65_HS1-834228961_62-HQ-83894_Section_7
Agency: FBI
Page 156
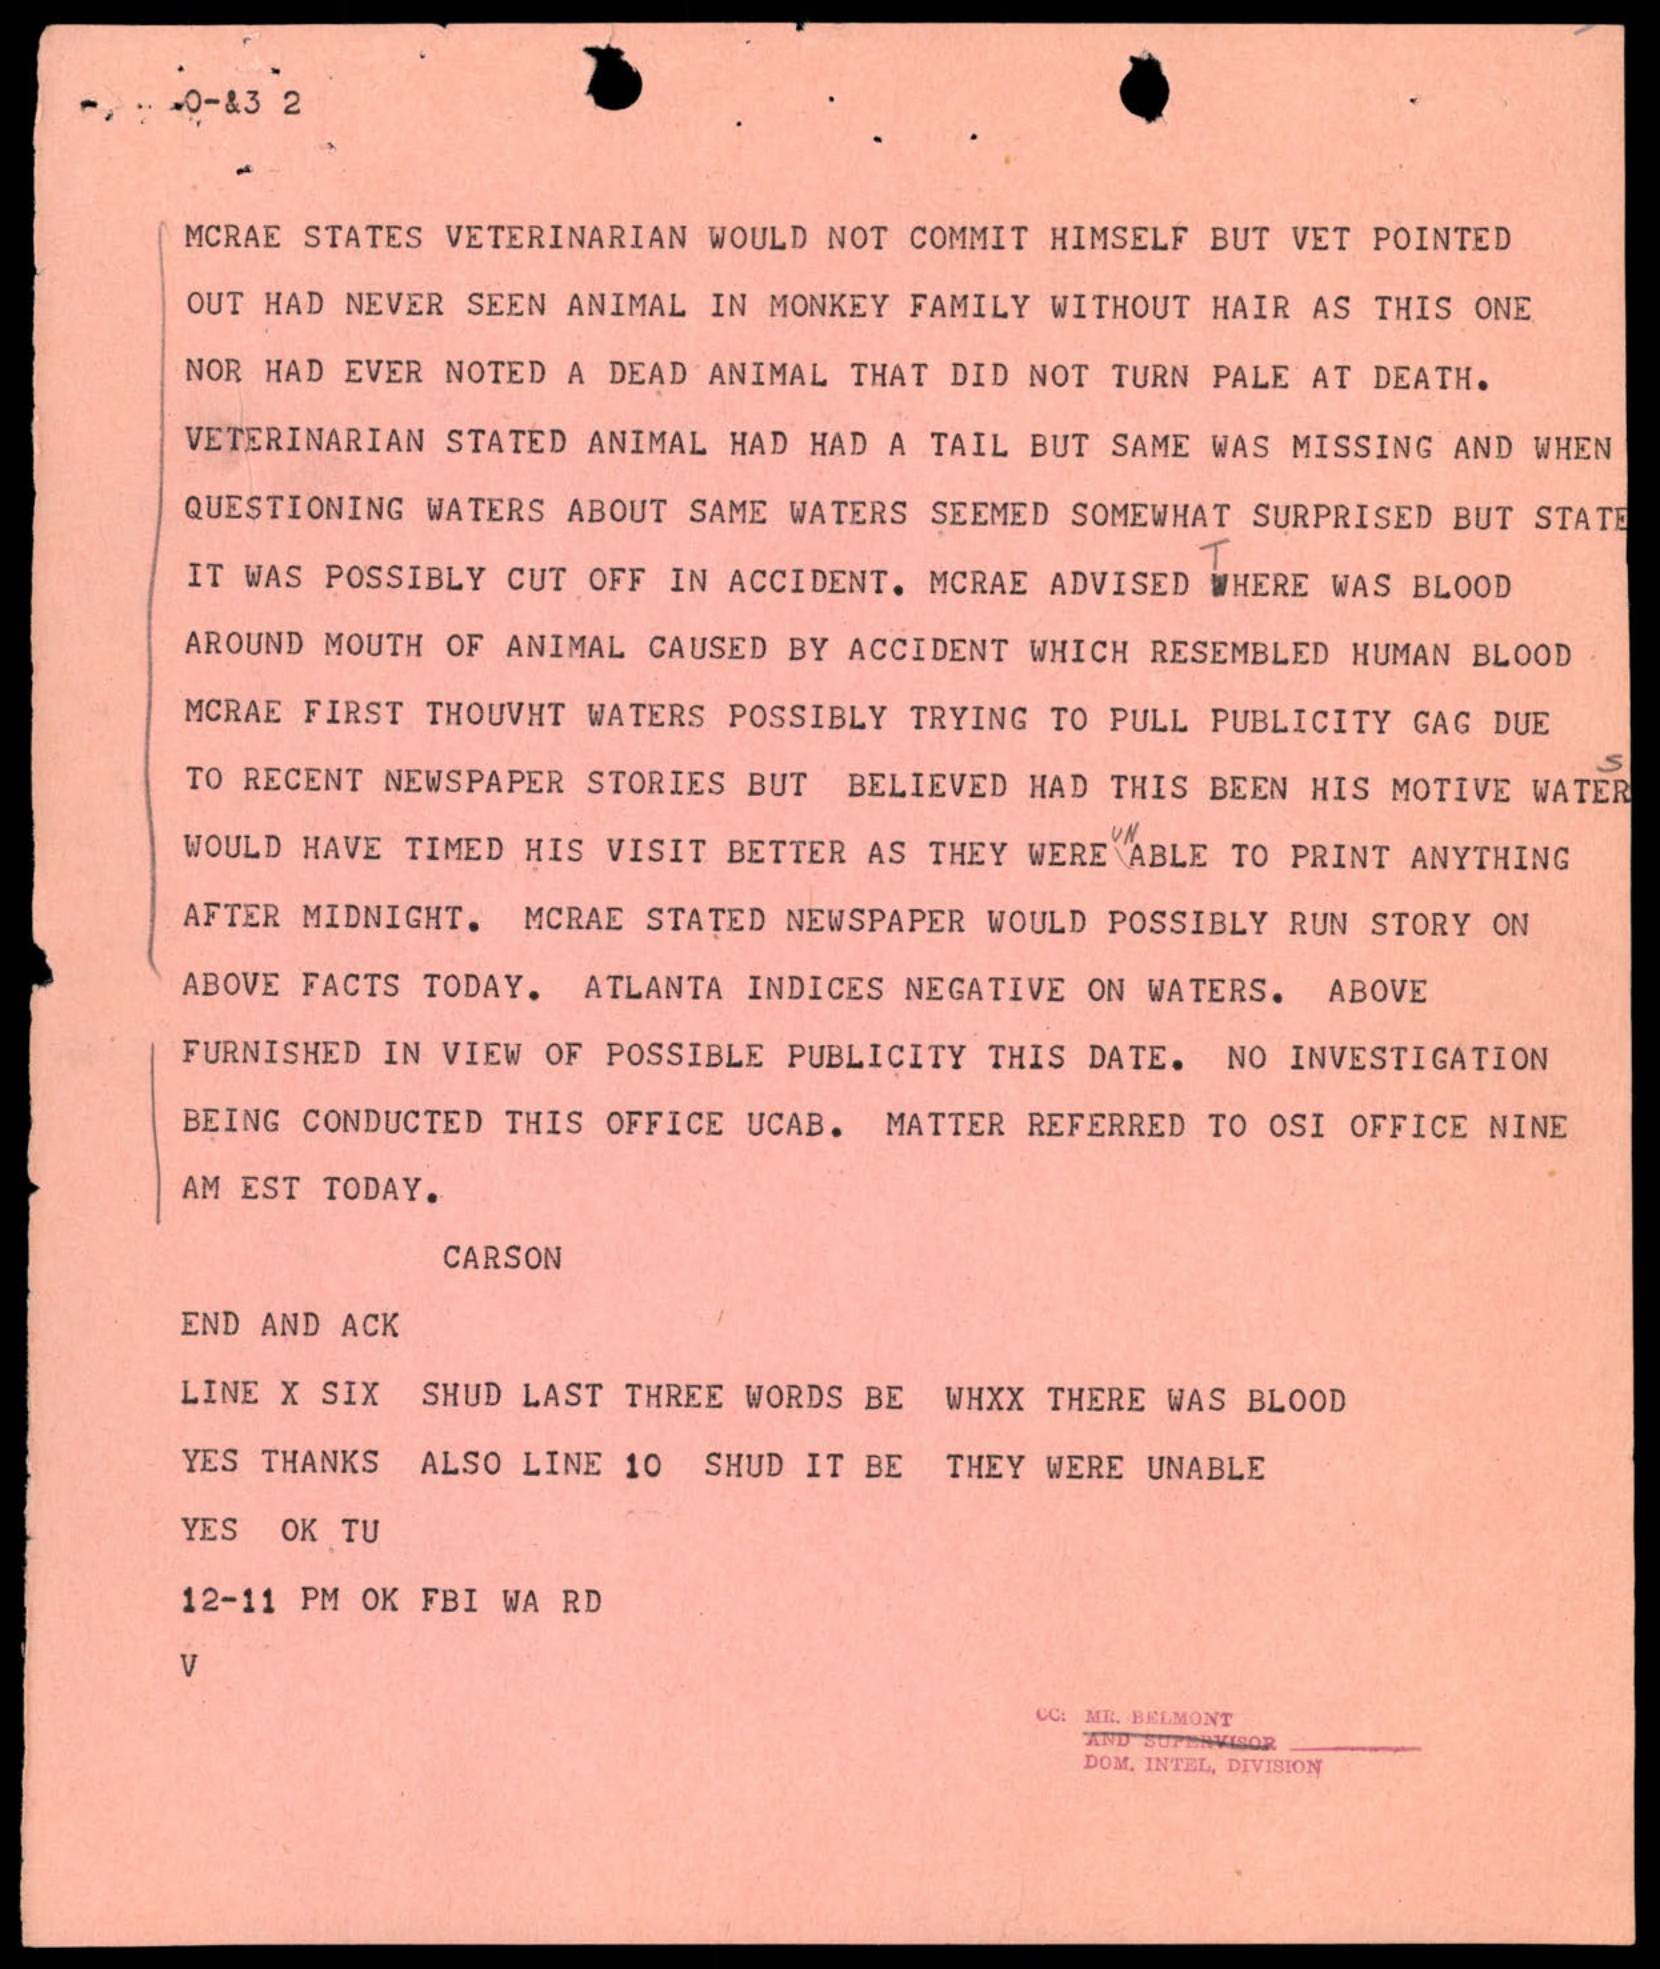